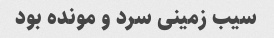
سیب زمینی سرد و مونده بود